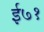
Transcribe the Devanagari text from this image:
ई७१